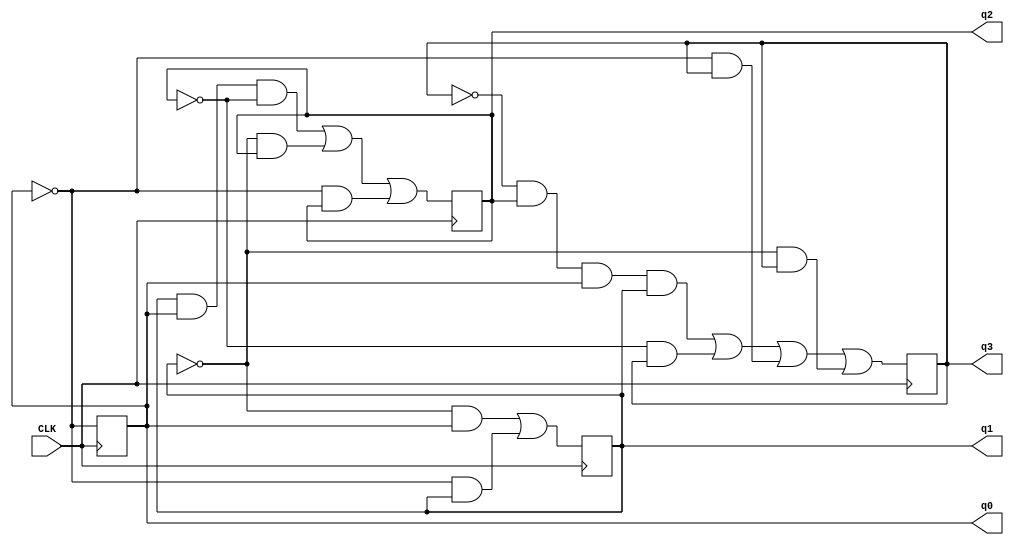
module Part5(CLK, q0, q1, q2, q3);
	input CLK;
	wire d0, d1, d2, d3;
	output reg q0, q1, q2, q3;
	
	assign d0 = ~q0;
	assign d1 = (~q1 & q0) | (~q0 & q1);
	assign d2 = (q1 & q0 & ~q2) | (~q1 & q2) | (~q0 & q2);
	assign d3 = (~q3 & q2 & q0 & q1) | (~q2 & q3) | (~q0 & q3) | (~q1 & q3);

	initial 
	begin
		q0 <= 0;
		q1 <= 0;
		q2 <= 0;
		q3 <= 0;
	end
	
	always @(posedge CLK)
	begin
		q0 <= d0;
		q1 <= d1;		
		q2 <= d2;
		q3 <= d3;
	end
endmodule